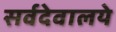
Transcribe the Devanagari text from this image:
सर्वदेवालये